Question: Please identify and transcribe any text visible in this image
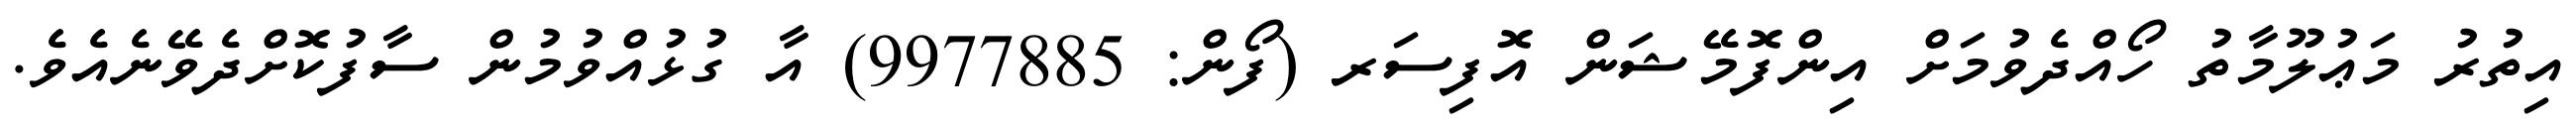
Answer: އިތުރު މަޢުލޫމާތު ހޯއްދެވުމަށް އިންފޮމޭޝަން އޮފިސަރ (ފޯން: 9977885) އާ ގުޅުއްވުމުން ސާފުކޮށްދެވޭނެއެވެ.